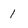
Character: 1